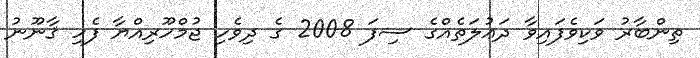
ތިންބާރު ވަކިވެފައިވާ ދަޢުލަތެއްގެ ސިފަ 2008 ގެ ދިވެހި ޖުމްހޫރިއްޔާ ފެހި ޤާނޫނު